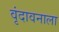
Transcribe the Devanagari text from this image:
वृंदावनाला